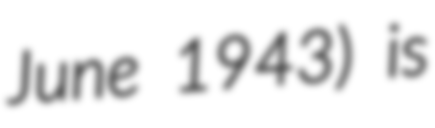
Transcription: June 1943) is